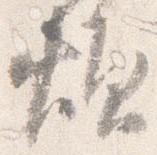
煩